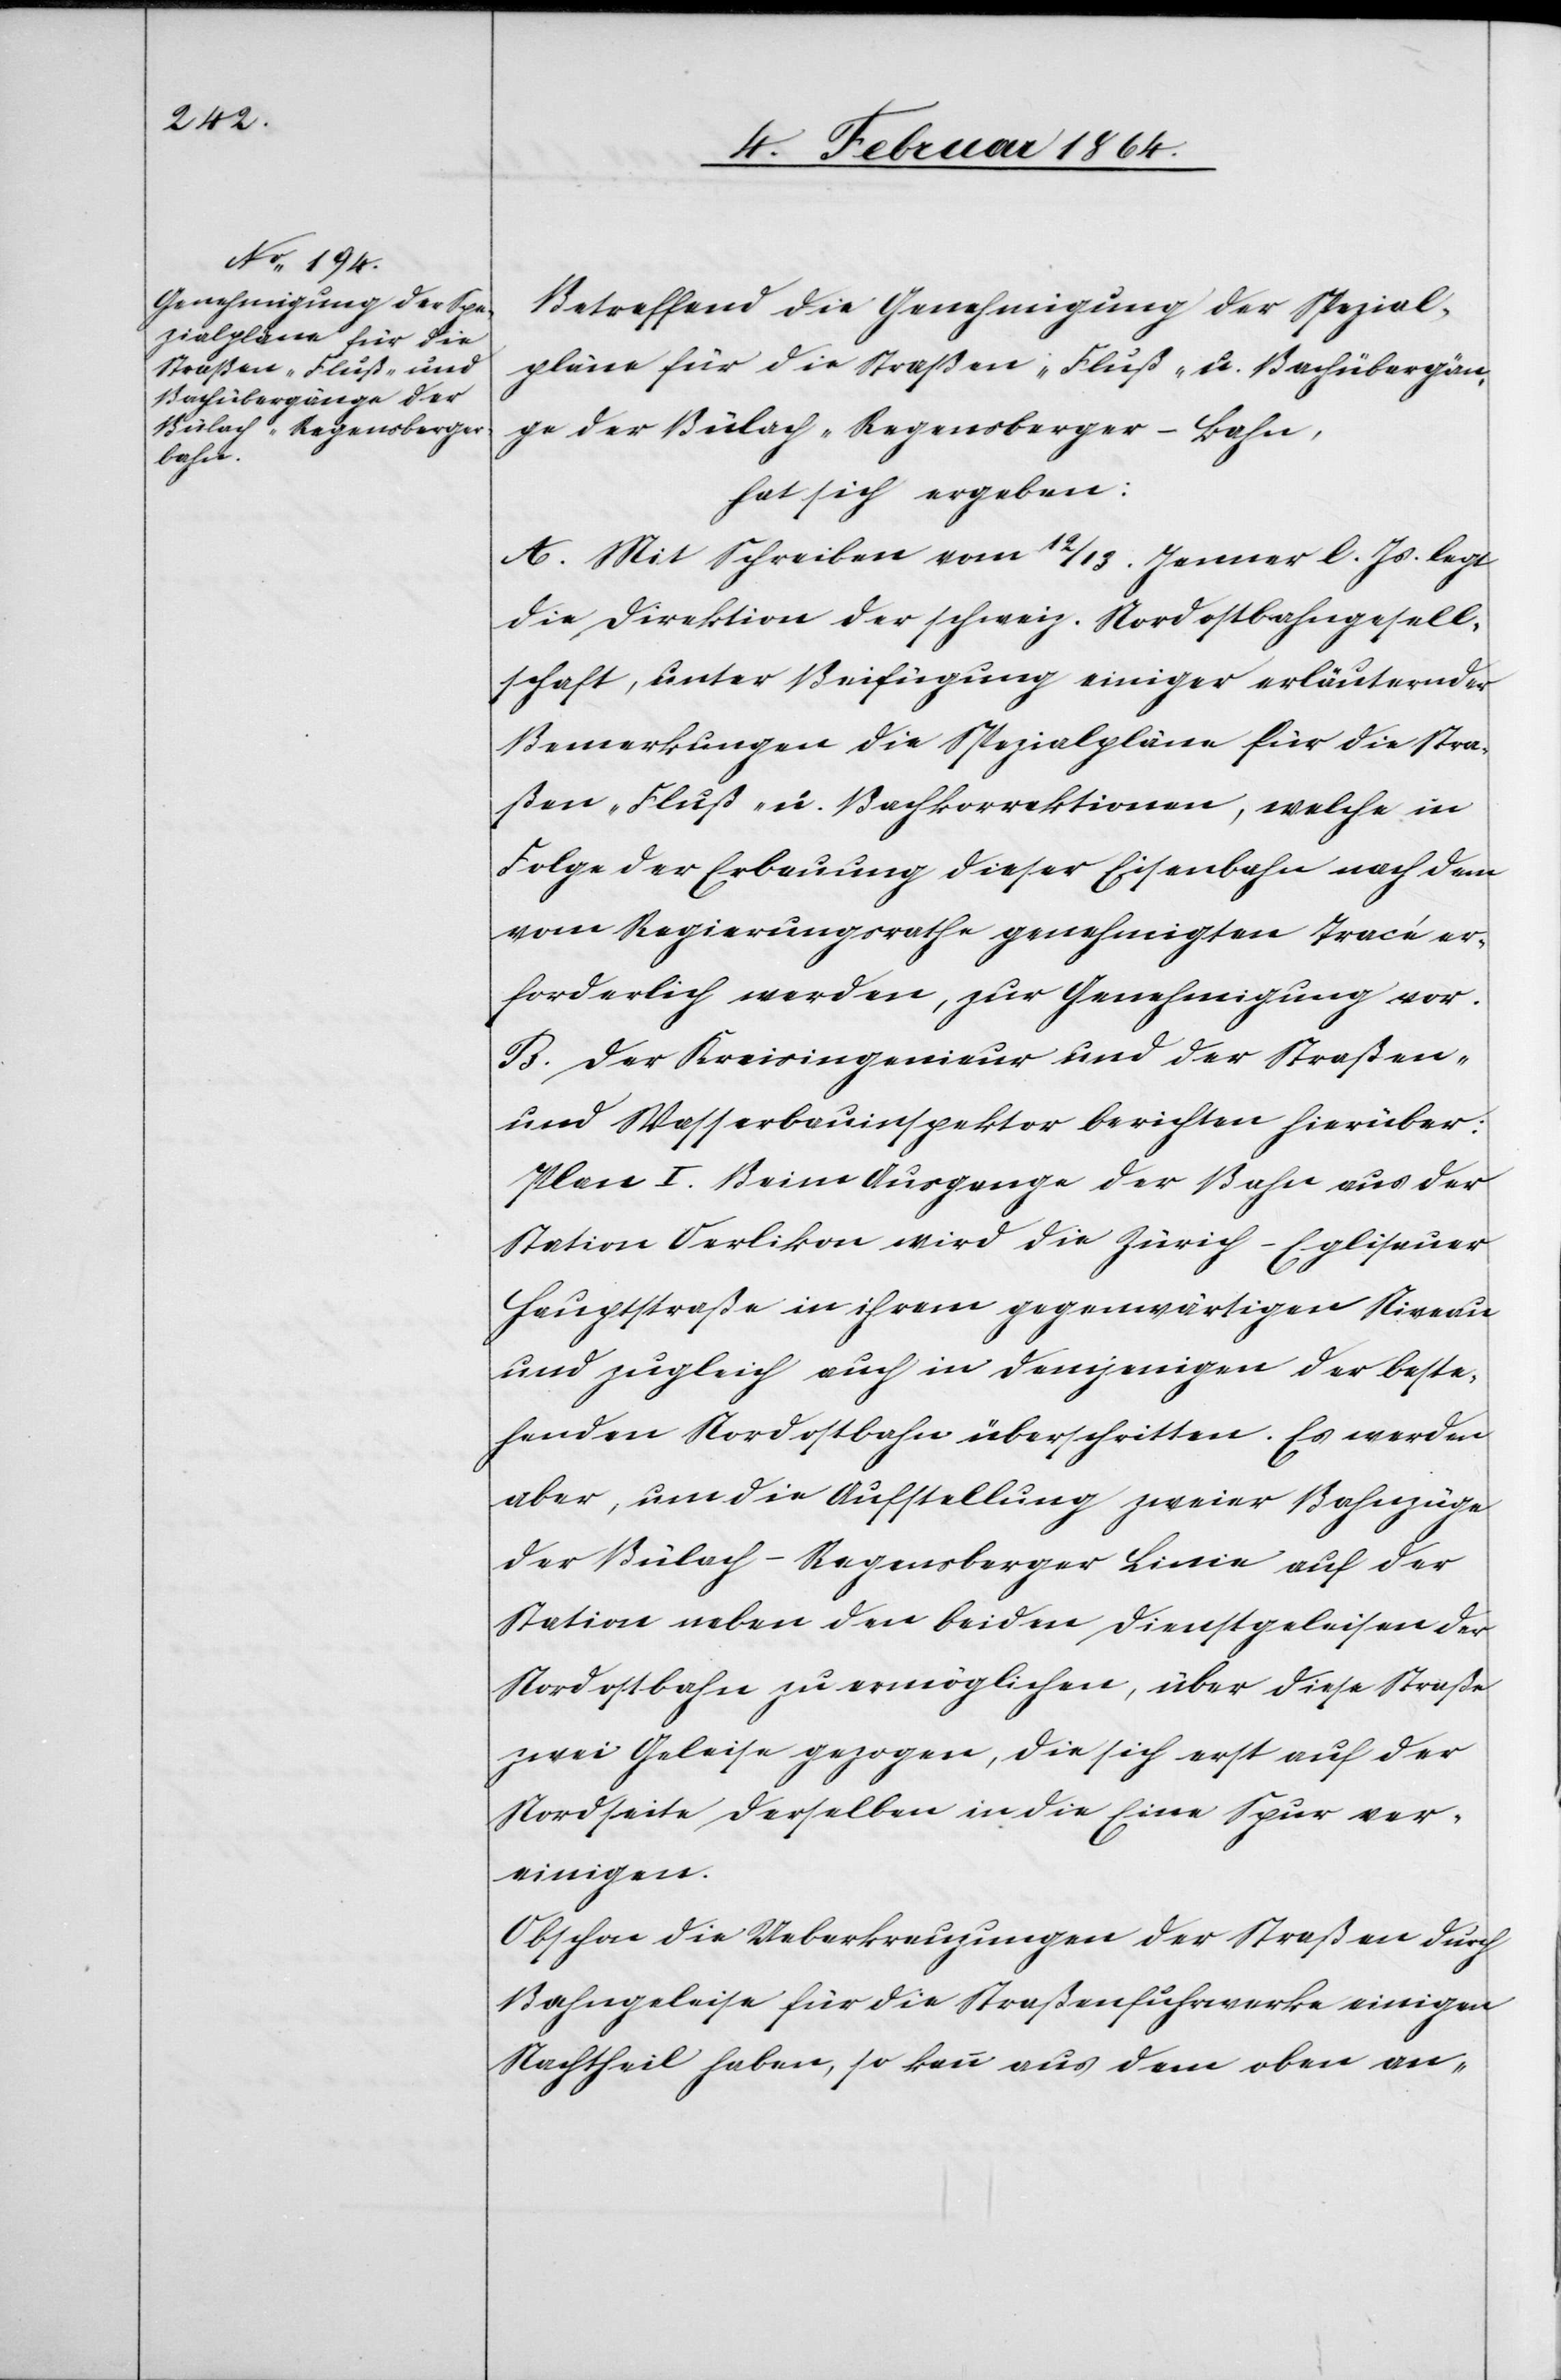
Betreffend die Genehmigung der Spezial¬
pläne für die Straßen-[,] Fluß- u Bahnübergän¬
ge der Bülach-Regensberger-Bahn,
hat sich ergeben:
A. Mit Schreiben vom 12/13. Jenner l. Js. legt
die Direktion der schweiz. Nordostbahngesell¬
schaft, unter Beifügung einiger erläuternder
Bemerkungen die Spezialpläne für die Stra¬
ßen-[,] Fluß u. Bahnkorrektionen, welche in
Folge der Erbauung dieser Eisenbahn nach dem
vom Regierungsrathe genehmigten Tracé er¬
forderlich werden, zur Genehmigung vor.
B. Der Kreisingenieur und der Straßen-
und Wasserbauinspektor berichten hierüber:
Plan I. Beim Ausgange der Bahn aus der
Station Oerlikon wird die Zürich-Eglisauer
Hauptstraße in ihrem gegenwärtigen Niveau
und zugleich auch demjenigen der beste¬
henden Nordostbahn überschritten. Es werden
aber, um die Aufstellung zweier Bahnzüge
der Bülach-Regensberger Linie auf der
Station neben den beiden Dienstgeleisen der
Nordostbahn zu ermöglichen, über diese Straße
zwei Geleise gezogen, die sich erst auf der
Nordseite derselben in die Eine Spur ver¬
einigen.
Obschon die Ueberkreuzungen der Straßen durch
Bahngeleise für die Straßenfuhrwerke einigen
Nachtheil haben, so kann aus dem oben an-